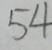
5 4